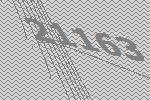
21163